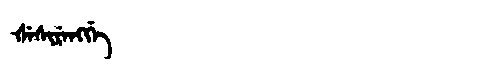
Manchu: ᡧᡝᠰᡳᡵᡝᠩᡤᡝ
Romanization: ŠESIRENGGE